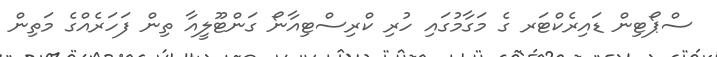
ސްޕޯޓިން ޑައިރެކްޓަރ ގެ މަގާމުގައި ހުރި ކްރިސްޓިއާނޯ ގަންޓޫލީއާ ތިން ފަހަރެއްގެ މަތިން